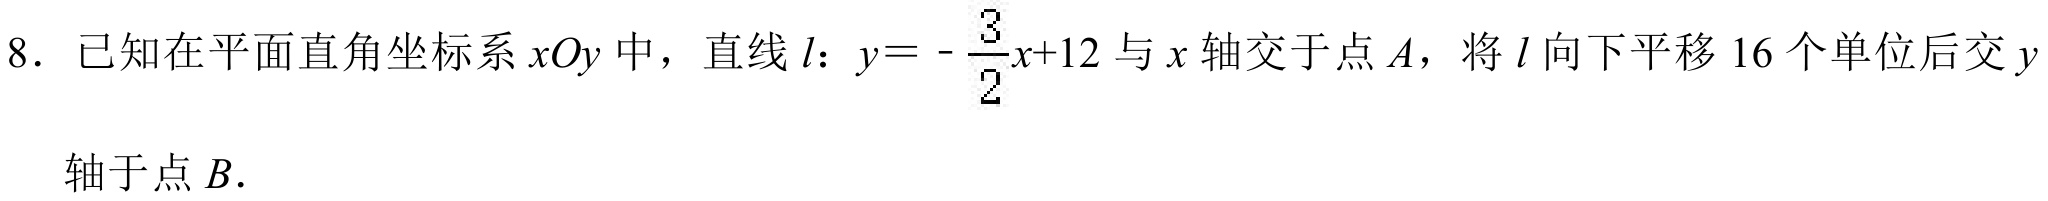
8. 已知在平面直角坐标系$xOy$中，直线$l$：$y = -\frac{3}{2}x + 12$与$x$轴交于点$A$，将$l$向下平移$16$个单位后交$y$
轴于点$B$.